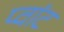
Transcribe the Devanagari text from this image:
प्वांट